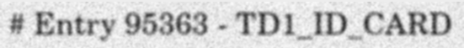
# Entry 95363 - TD1_ID_CARD